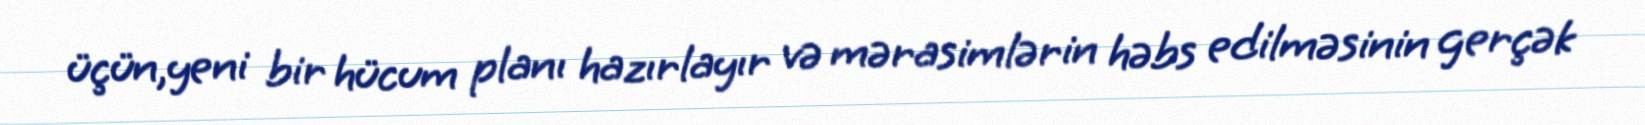
üçün,yeni bir hücum planı hazırlayır və mərasimlərin həbs edilməsinin gerçək